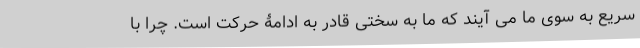
سریع به سوی ما می آیند که ما به سختی قادر به ادامۀ حرکت است. چرا با